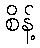
စိန့်